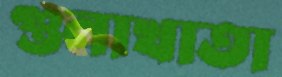
গুনাখাতা